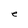
Character: e